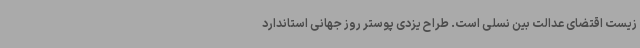
زیست اقتضای عدالت بین نسلی است. طراح یزدی پوستر روز جهانی استاندارد